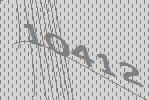
10412